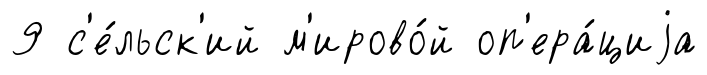
9 с'е́льск'ий м'ирово́й оп'ера́циjа